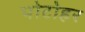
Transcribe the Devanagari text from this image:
पोटोहर